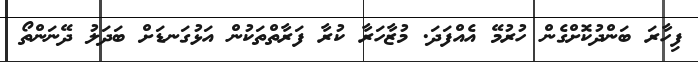
ފިހާރަ ބަންދުކޮށްގެން ހުރުމޭ އެއްފަދަ. މުޒާހަރާ ކުރާ ފަރާތްތަކުން އަޅުގަނޑަށް ބަދަލު ދޭނަންތޯ